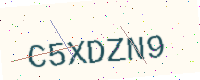
Text: C5XDZN9